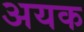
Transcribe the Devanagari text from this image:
अयक